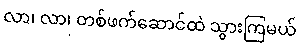
လာ၊ လာ၊ တစ်ဖက်ဆောင်ထဲ သွားကြမယ်